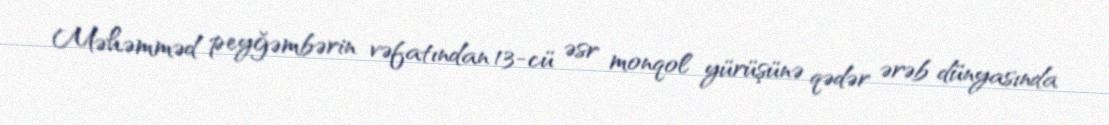
Məhəmməd peyğəmbərin vəfatından 13-cü əsr monqol yürüşünə qədər ərəb dünyasında